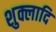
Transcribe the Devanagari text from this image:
शुक्लादि